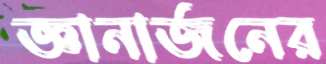
জ্ঞানার্জনের